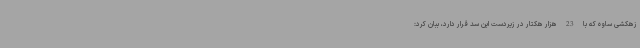
زهکشی ساوه که با 23 هزار هکتار در زیردست این سد قرار دارد، ببان کرد: